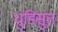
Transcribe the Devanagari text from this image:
धुंडिसुत